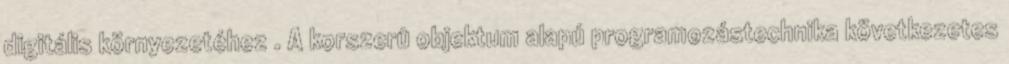
digitális környezetéhez . A korszerû objektum alapú programozástechnika következetes